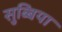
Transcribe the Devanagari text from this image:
सुब्बिया